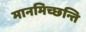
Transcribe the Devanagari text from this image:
मानमिच्छन्ति